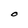
Character: O